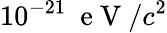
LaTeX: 10^{-21}~\mathrm{~e~V~}/c^{2}